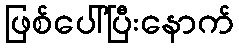
ဖြစ်ပေါ်ပြီးနောက်